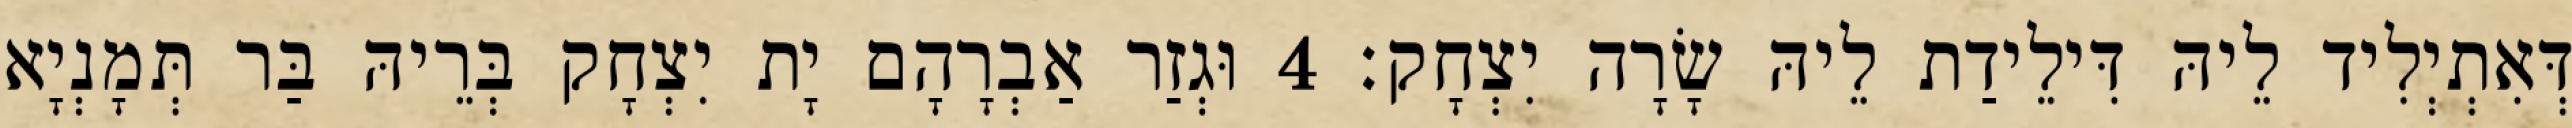
דְּאִתְיְלִיד לֵיהּ דִּילֵידַת לֵיהּ שָׂרָה יִצְחָק׃ 4 וּגְזַר אַבְרָהָם יָת יִצְחָק בְּרֵיהּ בַּר תְּמָנְיָא